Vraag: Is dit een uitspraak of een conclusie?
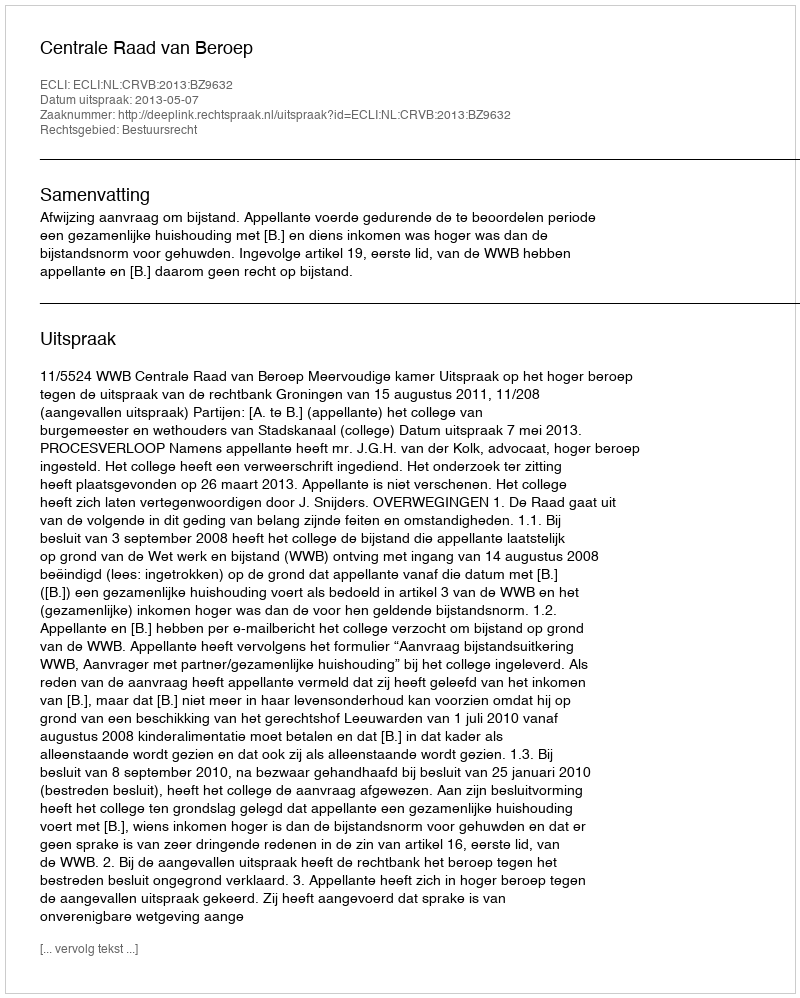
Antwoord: Uitspraak